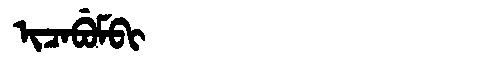
Manchu: ᡳᠴᠠᠪᡠᠮᠪᡳ
Romanization: ICABUMBI